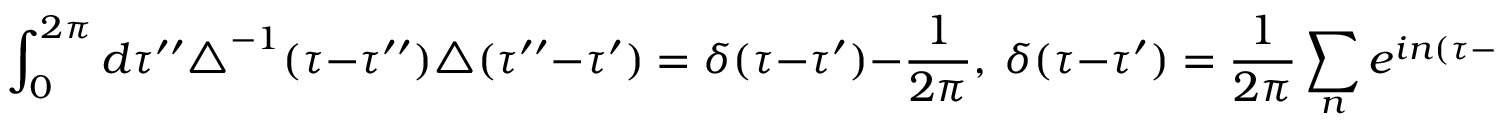
\int _ { 0 } ^ { 2 \pi } d \tau ^ { \prime \prime } \triangle ^ { - 1 } ( \tau - \tau ^ { \prime \prime } ) \triangle ( \tau ^ { \prime \prime } - \tau ^ { \prime } ) = \delta ( \tau - \tau ^ { \prime } ) - \frac { 1 } { 2 \pi } , \ \delta ( \tau - \tau ^ { \prime } ) = \frac { 1 } { 2 \pi } \sum _ { n } e ^ { i n ( \tau - \tau ^ { \prime } ) } \ .